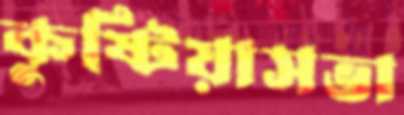
কুষ্টিয়াসভা